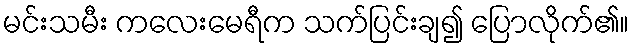
မင်းသမီး ကလေးမေရီက သက်ပြင်းချ၍ ပြောလိုက်၏။